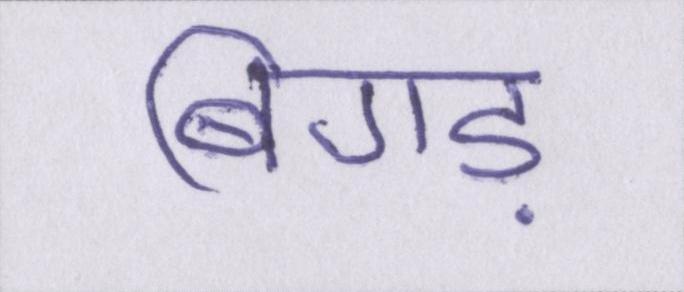
बिगड़